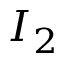
I _ { 2 }